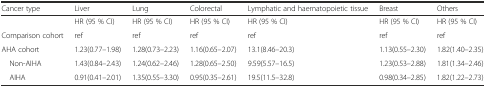
| Cancer type | Liver | Lung | Colorectal | Lymphatic and haematopoietic tissue | Breast | Others |
 | --- | --- | --- | --- | --- | --- | --- |
 |  | HR (95 % CI) | HR (95 % CI) | HR (95 % CI) | HR (95 % CI) | HR (95 % CI) | HR (95 % CI) |
 | Comparison cohort | ref | ref | ref | ref | ref | ref |
 | AHA cohort | 1.23(0.77–1.98) | 1.28(0.73–2.23) | 1.16(0.65–2.07) | 13.1(8.46–20.3) | 1.13(0.55–2.30) | 1.82(1.40–2.35) |
 | Non-AIHA | 1.43(0.84–2.43) | 1.24(0.62–2.46) | 1.28(0.65–2.50) | 9.59(5.57–16.5) | 1.23(0.53–2.88) | 1.81(1.34–2.46) |
 | AIHA | 0.91(0.41–2.01) | 1.35(0.55–3.30) | 0.95(0.35–2.61) | 19.5(11.5–32.8) | 0.98(0.34–2.85) | 1.82(1.22–2.73) |